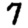
Digit: 7